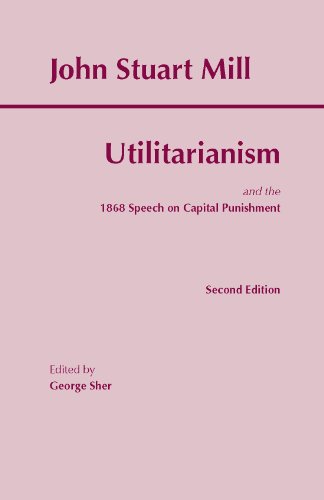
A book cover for The Utilitarianism (Hackett Classics); John Stuart Mill; Politics & Social Sciences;